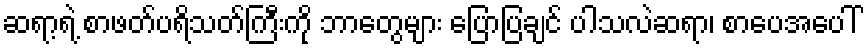
ဆရာ့ရဲ့ စာဖတ်ပရိသတ်ကြီးကို ဘာတွေများ ပြောပြချင် ပါသလဲဆရာ၊ စာပေအပေါ်